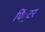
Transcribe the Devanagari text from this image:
पिं्रटर